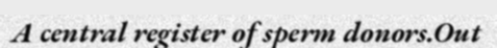
A central register of sperm donors.Out